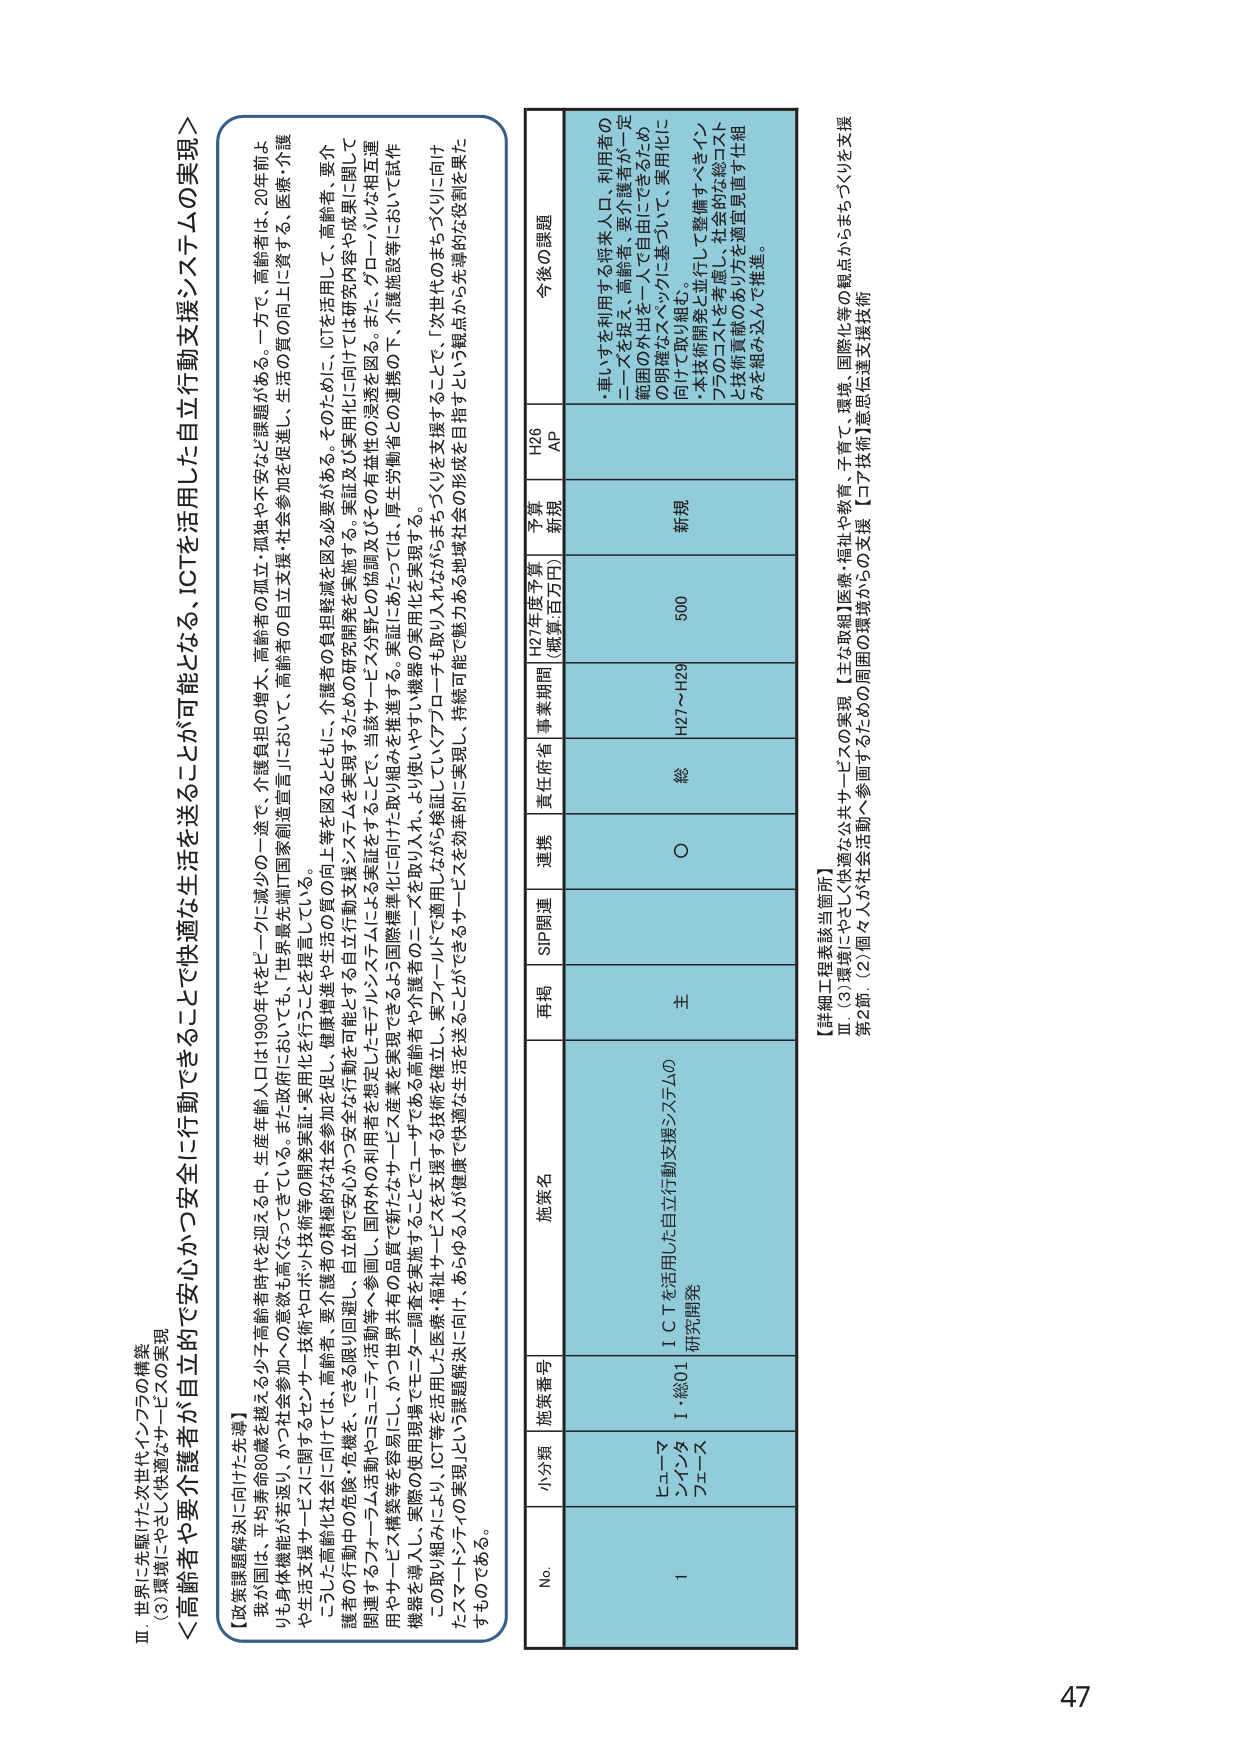
Ⅲ．世界に先駆けた次世代インフラの構築
（3）環境にやさしく快適なサービスの実現

＜高齢者や要介護者が自立して安全かつ安心に行動できることで快適な生活を送ることが可能となる、ICTを活用した自立行動支援システムの実現＞

【政策課題解決に向けた先導】
我が国は、平均寿命80歳を越える少子高齢者時代を迎えている中、生産年齢人口は1990年代をピークに減少の一途で、介護負担の増大、高齢者の孤立・孤独や不安など課題がある。一方で、高齢者は、20年前より身体機能が若返り、かつ社会参加への意欲も高くなっている。また政府においても、「世界最先端IT国家創造宣言」において、高齢者の自立支援・社会参加を促進し、生活の質の向上に資する、医療・介護や生活支援サービスに関するセレナ・技術やロボット技術等の開発実証・実用化を行うことを提言している。
こうした高齢化社会に向けでは、高齢者、要介護者、要介護者等の積極的な社会参加を促し、健康増進や生活の質の向上等を図るとともに、介護者の負担軽減を図る必要がある。そのため、ICTを活用して、高齢者、要介護者の行動の危険・危機を、できる限り回避し、自立的で安心かつ安全な行動支援システムを実現するための研究開発を実施する。実証及び実用化に向けた研究内容や成果に関して関連するフォーラム活動やコミュニティ活動等へ参画し、国内外の利用者を想定したモデルシステムによる実証をすることで、当該サービス分野との協調及びその有効性の浸透を図る。また、グローバルな相互連携やサービス構築等を容易にし、かつ世界共通の品質で新たなサービス産業を実現できるよう国際標準化に向けた取り組みを推進する。実証にあたっては、厚生労働省との連携の下、介護施設等において試作機器を導入し、実際の使用現場でモニタ調査を実施する。
この取り組みにより、ICT等を活用した医療・福祉サービスを支援する技術を確立し、実フィールドで適用しながら検証していくアプローチを取り入れながらまちづくりを支援することで、「次世代のまちづくり」に向けたスマートシティの実現により課題解決に向け、あらゆる人が健康で快適な生活を送ることができるサービスを効率的に実現し、持続可能で魅力ある地域社会の形成を目指すという観点から先導的な役割を果たすものである。

No. 小分類 施策番号 施策名 再掲 SIP関連 連携 責任府省 事業期間 H27年度予算（概算百万円） 予算新規 H26 AP 今後の課題
1 ヒューマンインタフェース I-総01 ICTを活用した自立行動支援システムの研究開発 主 ○ 総 H27～H29 500 新規
・車いすを利用する将来人口・利用者のニーズを捉え、高齢者、要介護者が一定範囲の外出を一人で自由にできるための明確なスペックに基づいて、実用化に向けて取り組む。
・本技術開発と並行して整備すべきインフラのコストを考慮し、社会的な総コストと技術貢献のあり方を適宜見直す仕組みを組み込んで推進。

【詳細工程表該当箇所】
Ⅲ．（3）環境にやさしく快適な公共サービスの実現【主な取組】医療・福祉や教育、子育て、環境、国際化等の観点からまちづくりを支援
第2節（2）個人や社会活動へ参画するための周囲の環境からの支援【コア技術】「意思伝達支援技術」

47